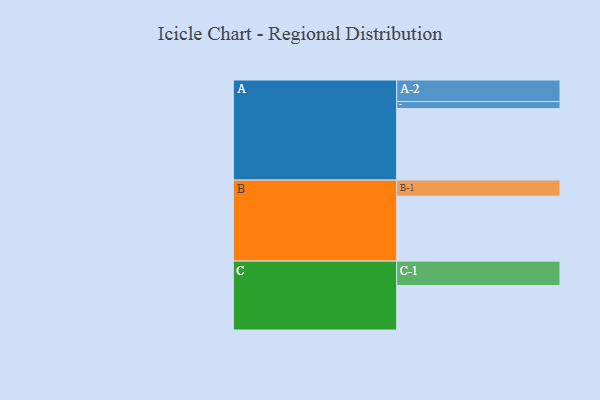
{"axis": {"x": "Segment", "y": "Value"}, "legend": ["", "A", "B", "C"], "data": [{"x": "A", "y": 577, "type": ""}, {"x": "B", "y": 524, "type": ""}, {"x": "C", "y": 359, "type": ""}, {"x": "A-1", "y": 57, "type": "A"}, {"x": "A-2", "y": 174, "type": "A"}, {"x": "B-1", "y": 130, "type": "B"}, {"x": "C-1", "y": 197, "type": "C"}]}